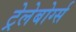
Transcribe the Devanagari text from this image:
ट्रेलेबोर्ग्स